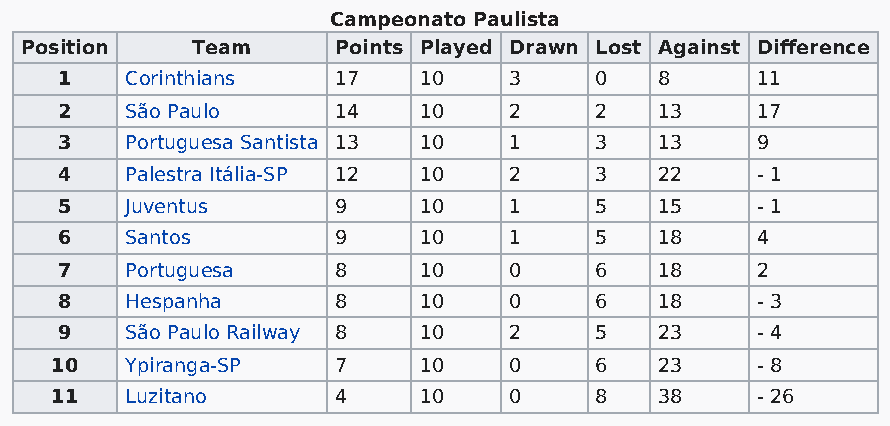
Campeonato Paulista
 Position    Team     Points Played Drawn Lost Against Difference
 1   Corinthians   17    10    3    0    8     11
 2   São Paulo     14    10    2    2    13    17
 3   Portuguesa Santista 13 10 1    3    13    9
 4   Palestra Itália-SP 12 10  2    3    22    - 1
 5   Juventus      9     10    1    5    15    - 1
 6   Santos        9     10    1    5    18    4
 7   Portuguesa    8     10    0    6    18    2
 8   Hespanha      8     10    0    6    18    - 3
 9   São Paulo Railway 8 10    2    5    23    - 4
 10   Ypiranga-SP   7     10    0    6    23    - 8
 11   Luzitano      4     10    0    8    38    - 26